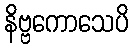
နိဗ္ဗကောသေပိ